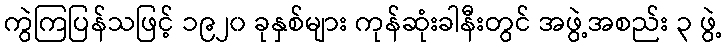
ကွဲကြပြန်သဖြင့် ၁၉၂၀ ခုနှစ်များ ကုန်ဆုံးခါနီးတွင် အဖွဲ့အစည်း ၃ ဖွဲ့